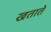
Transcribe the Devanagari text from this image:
खताते